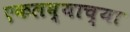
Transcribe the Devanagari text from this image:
एकलव्याच्या